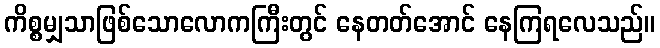
ကိစ္စမျှသာဖြစ်သောလောကကြီးတွင် နေတတ်အောင် နေကြရလေသည်။